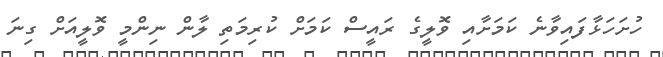
ހުށަހަޅާފައިވާނެ ކަަމަށާއި ވޮލީގެ ރައީސް ކަމަށް ކުރިމަތި ލާން ނިންމީ ވޮލީއަށް ގިނަ